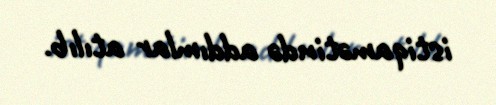
istiqamətində addımlar atılıb.